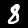
Label: 8